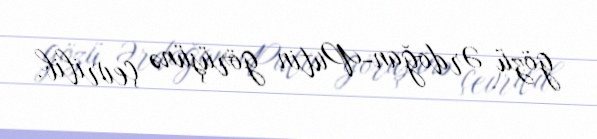
gözü Ərdoğan-Putin görüşünə çevrilib.